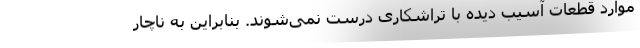
موارد قطعات آسیب دیده با تراشکاری درست نمی‌شوند. بنابراین به ناچار